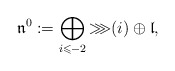
\begin{align*}\mathfrak{n}^0:=\bigoplus_{i\leqslant-2}{\ggg}(i)\oplus\mathfrak{l},\end{align*}